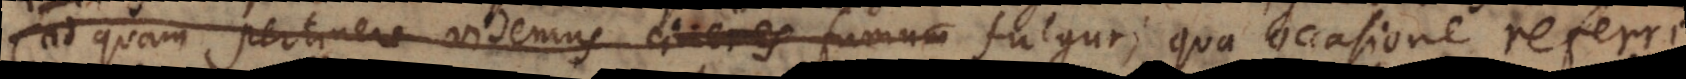
(ad quam pertinere videmus cineres fumum fulgur; qua occasione referri